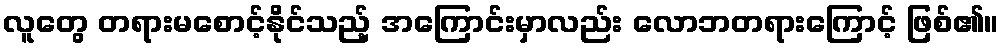
လူတွေ တရားမစောင့်နိုင်သည့် အကြောင်းမှာလည်း လောဘတရားကြောင့် ဖြစ်၏။